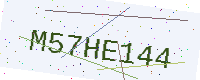
Text: M57HE144